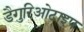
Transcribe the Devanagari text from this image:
डैगुरिओटाइप